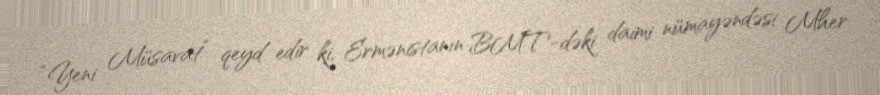
“Yeni Müsavat” qeyd edir ki, Ermənistanın BMT-dəki daimi nümayəndəsi Mher